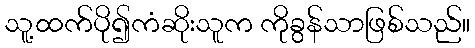
သူ့ထက်ပို၍ကံဆိုးသူက ကိုခွန်သာဖြစ်သည်။